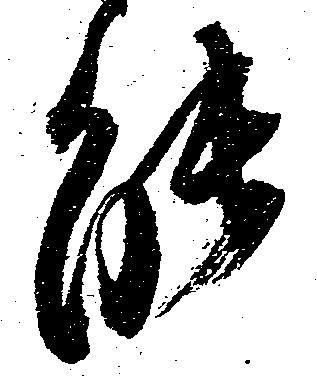
能